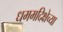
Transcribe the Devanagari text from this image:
धममदिक्षेच्या